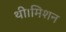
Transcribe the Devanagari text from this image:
थी।मिशन